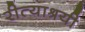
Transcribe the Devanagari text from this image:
रीत्याश्रयी